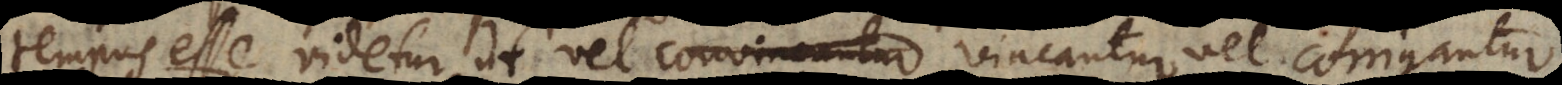
tempus esse videtur ut vel convincantur vincantur vel corrigantur,